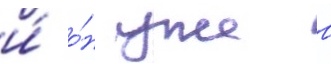
и́ о́н уже в